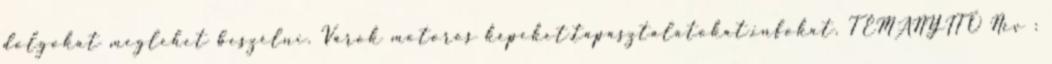
dolgokat meglehet beszélni. Várok motoros képeket,tapasztalatokat,infokat. TÉMANYITÓ Név :